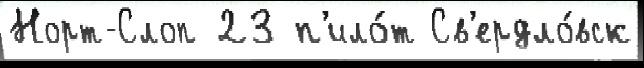
Норт-Слоп 23 п'ило́т Св'ердло́вск